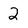
Character: 2